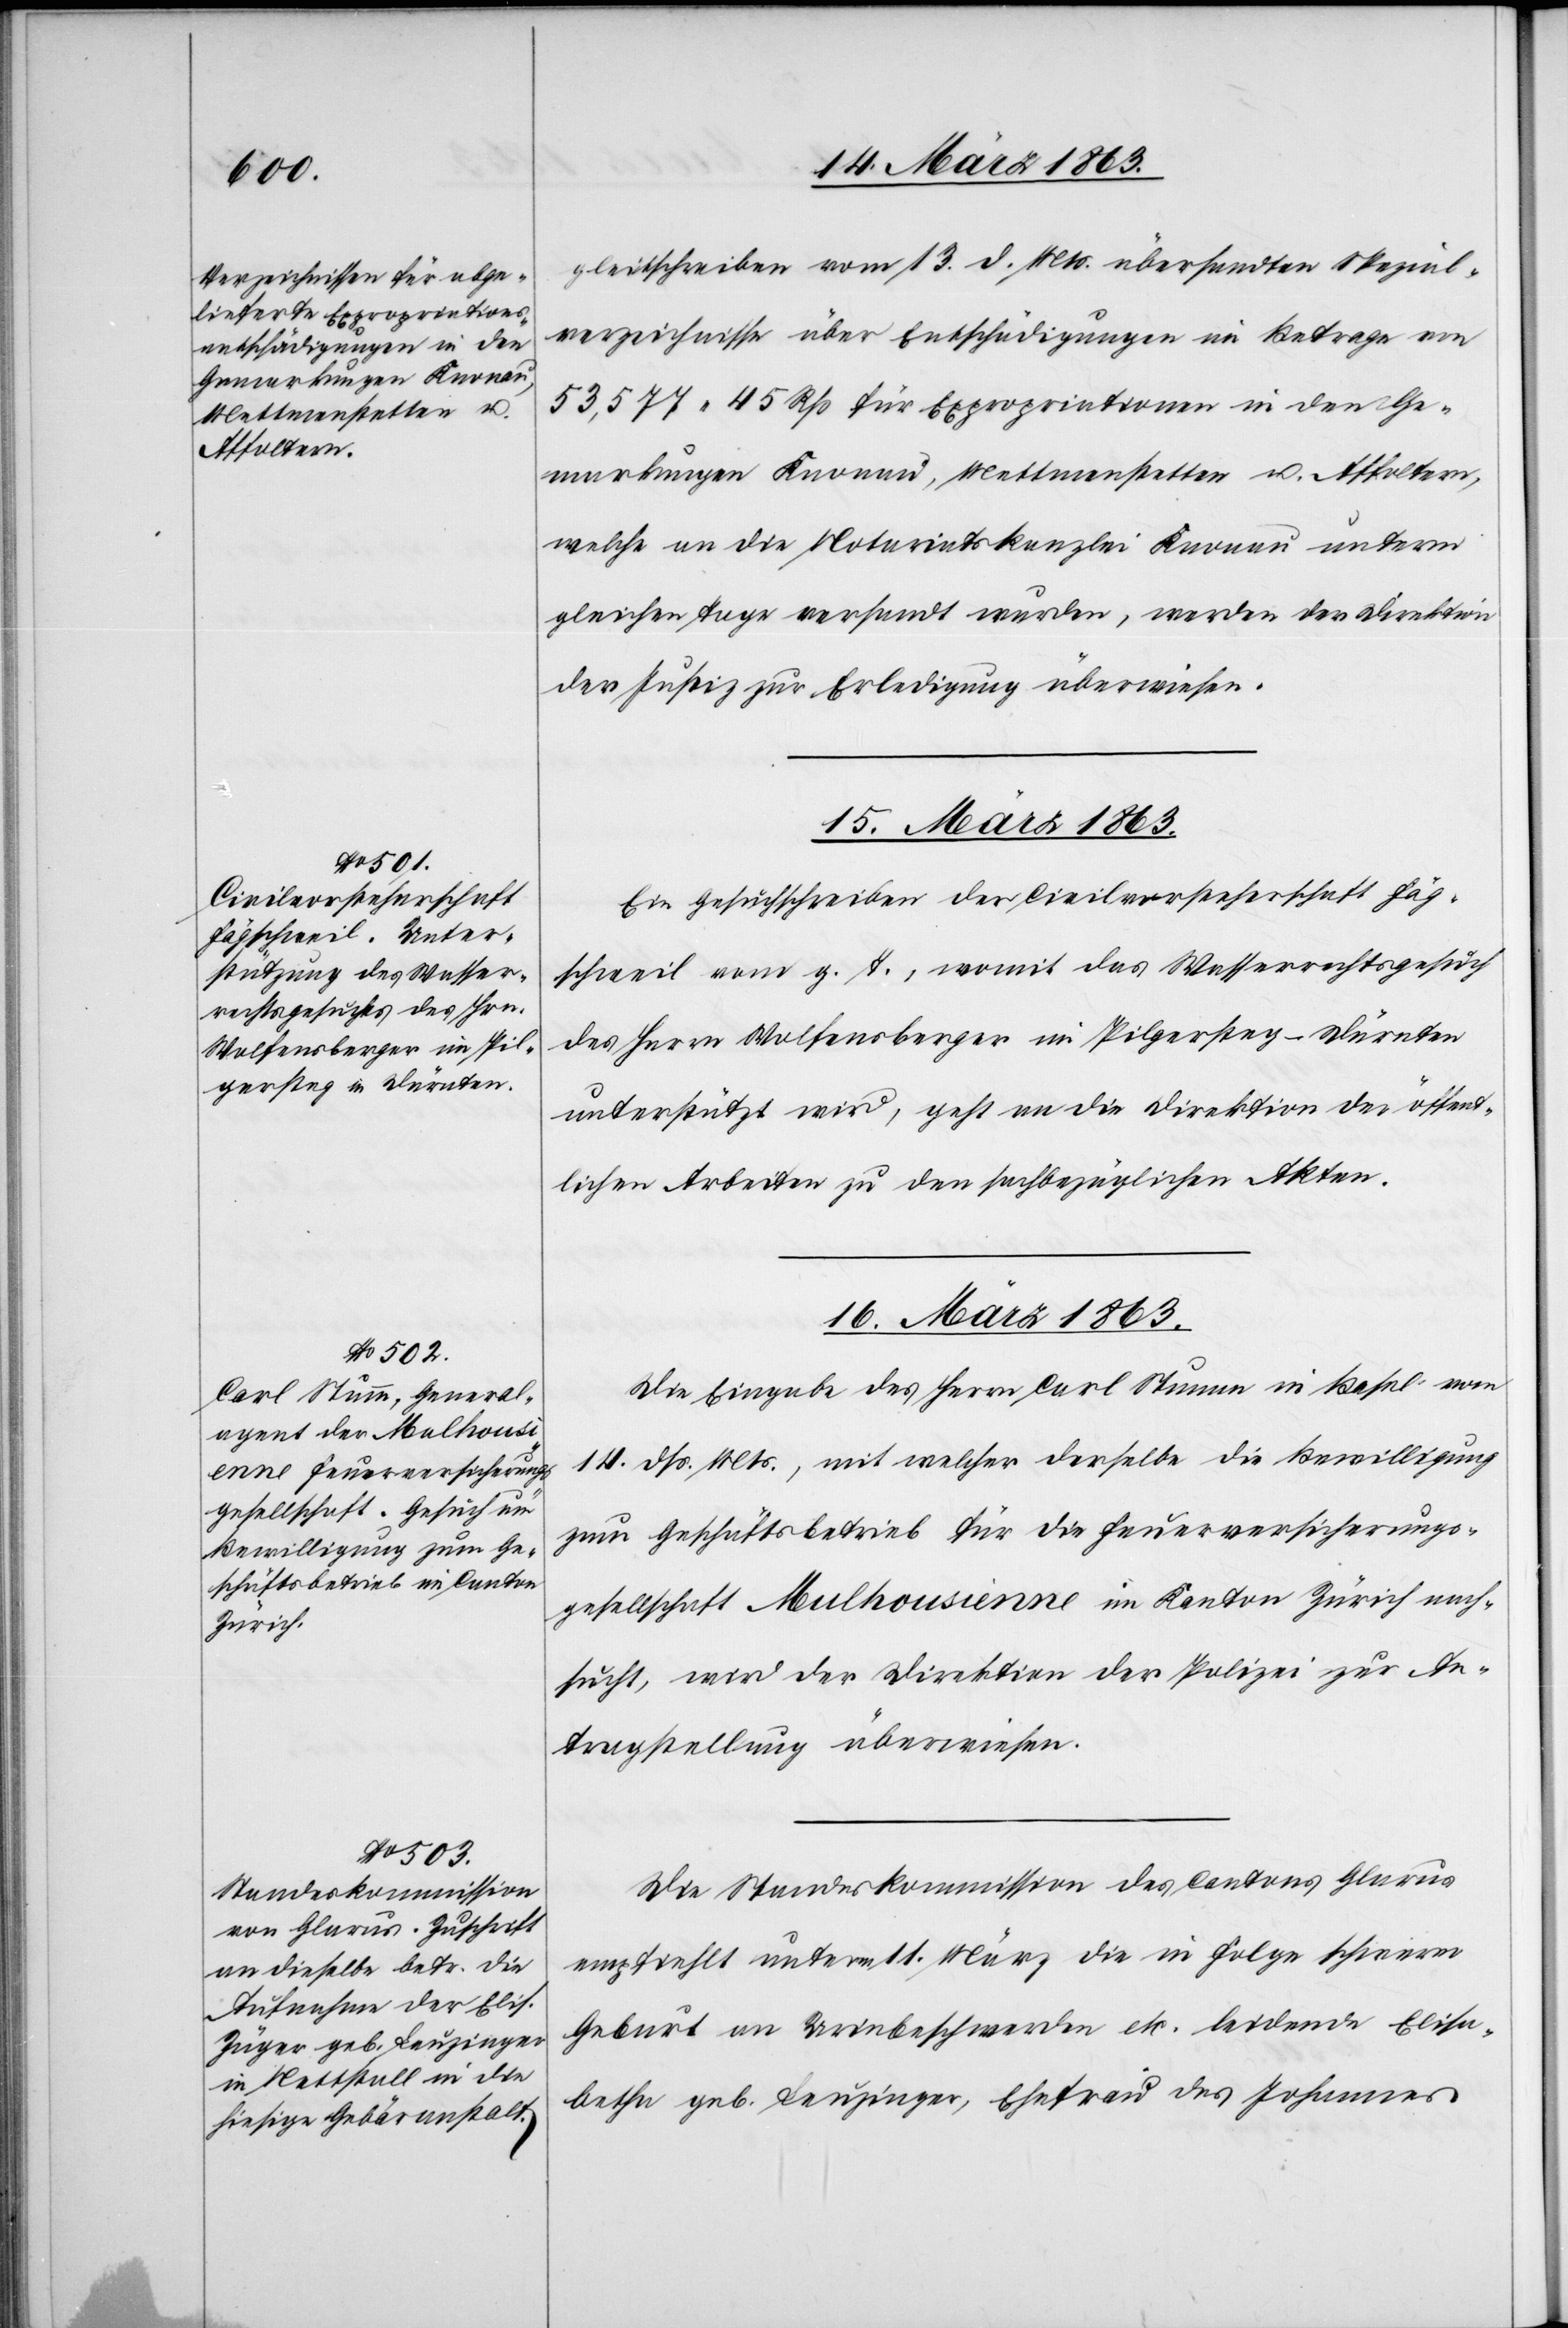
gleitschreiben vom 13. d. Mts. übersandten Spezial¬
verzeichnisse über Entschädigungen im Betrage von
53,577. 45 Rp für Expropriationen in den Ge¬
markungen Knonau, Mettmenstetten u. Affoltern,
welche an die Notariatskanzlei Knonau unterm
gleichen Tage versandt wurden, werden der Direktion
der Justiz zur Erledigung überwiesen.
15. März 1863.
Ein Gesuchschreiben der Civilvorsteherschaft Fäg¬
schweil vom g. T., womit das Wasserrechtsgesuch
des Herrn Wolfensberger im Pilgersteg – Dürnten
unterstützt wird, geht an die Direktion der öffent¬
lichen Arbeiten zu den sachbezüglichen Akten.
16. März 1863.]
Die Eingabe des Herrn Carl Stumm in Basel vom
14. dß. Mts., mit welcher derselbe die Bewilligung
zum Geschäftsbetrieb für die Feuerversicherungs¬
gesellschaft Mulhousienne im Kanton Zürich nach¬
sucht, wird der Direktion der Polizei zur An¬
tragstellung überwiesen.
Die Standeskommission des Cantons Glarus
empfiehlt unterm 11. März die in Folge schwerer
Geburt an Urinbeschwerden etc. leidende Elisa¬
betha geb. Leuzinger, Ehefrau des Johannes